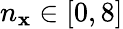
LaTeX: n_{\mathbf{x}}\in[0,8]